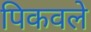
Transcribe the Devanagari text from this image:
पिकवले